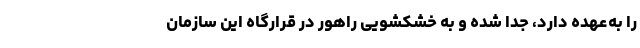
را به‌عهده دارد، جدا شده و به خشکشویی راهور در قرارگاه این سازمان